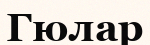
Гюлар